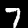
Digit: 7